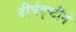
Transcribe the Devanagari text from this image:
दीर्घदृष्टीने